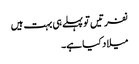
نفرتیں تو پہلے ہی بہت ہیں
میلاد کیا ہے۔